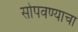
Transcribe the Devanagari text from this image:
सोपवण्याचा